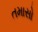
તમાસો